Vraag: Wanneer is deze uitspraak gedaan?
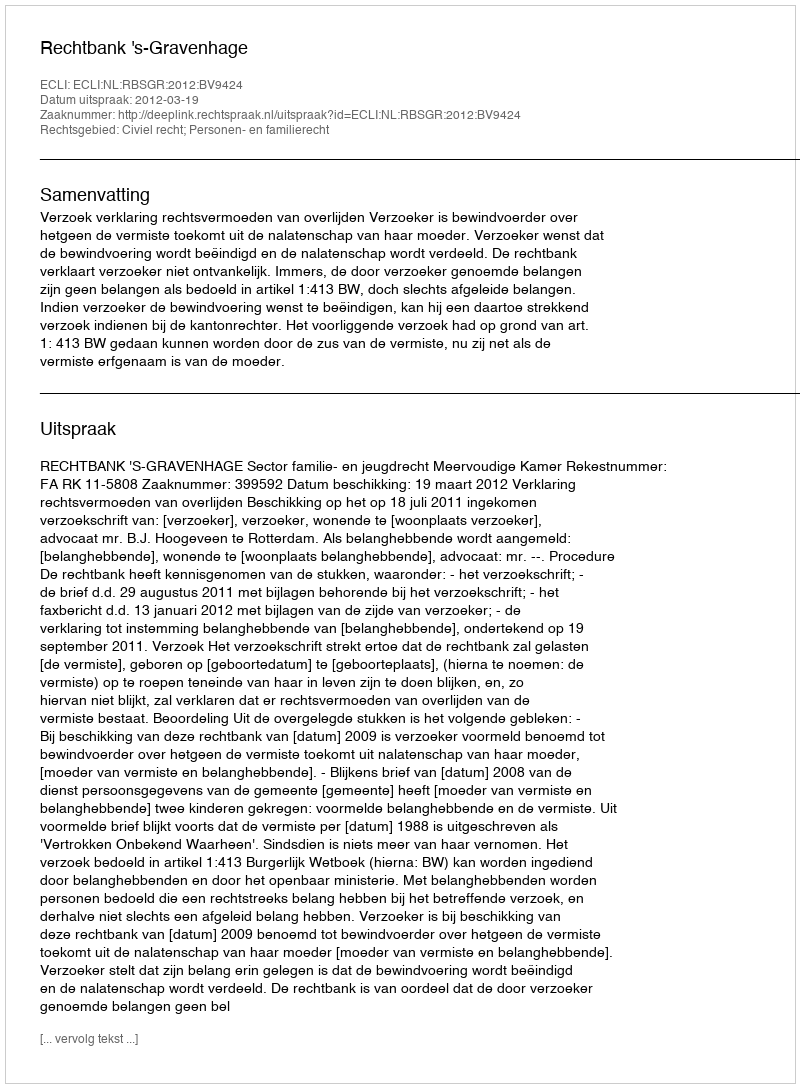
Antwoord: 2012-03-19